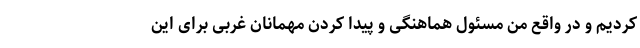
کردیم و در واقع من مسئول هماهنگی و پیدا کردن مهمانان غربی برای این